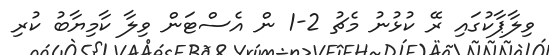
ވިލާޕާކުގައި ރޭ ކުޅުނު މެޗު 2-1 ން އެސްޓަން ވިލާ ކާމިޔާބު ކުރި